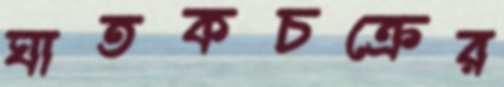
ঘাতকচক্রের